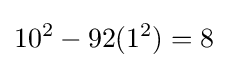
10^{2}-92(1^{2})=8